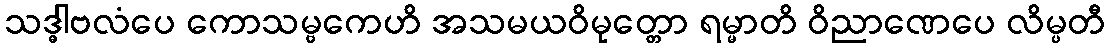
သဒ္ဓါဗလံပေ ကောသမ္ဗကေဟိ အသမယဝိမုတ္တော ရမ္မာတိ ဝိညာဏေပေ လိမ္ပတီ